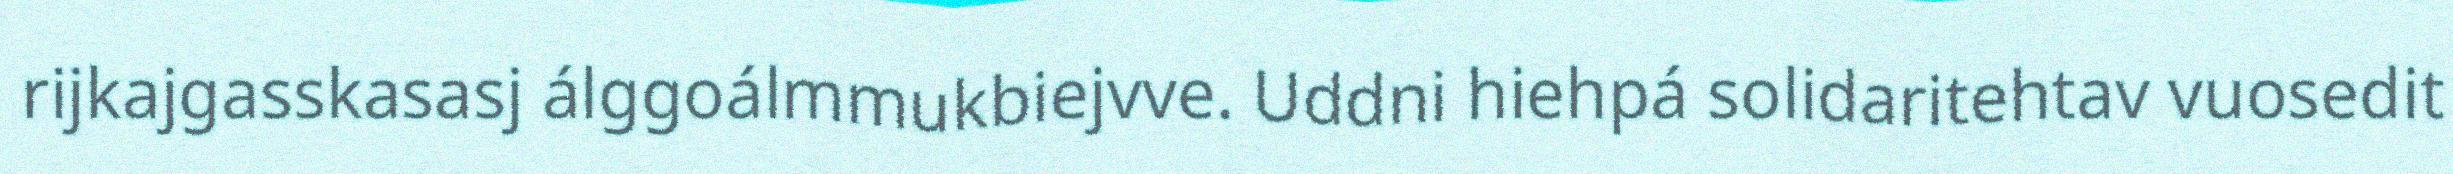
rijkajgasskasasj álggoálmmukbiejvve. Uddni hiehpá solidaritehtav vuosedit